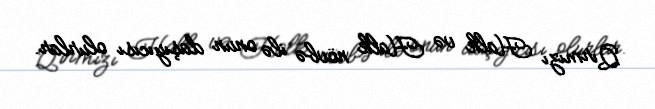
Qırmızı Halk və Halk növbə ilə onun daşıyıcısı olurlar.